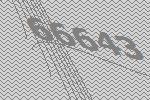
66643